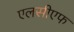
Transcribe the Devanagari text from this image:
एलसीएफ